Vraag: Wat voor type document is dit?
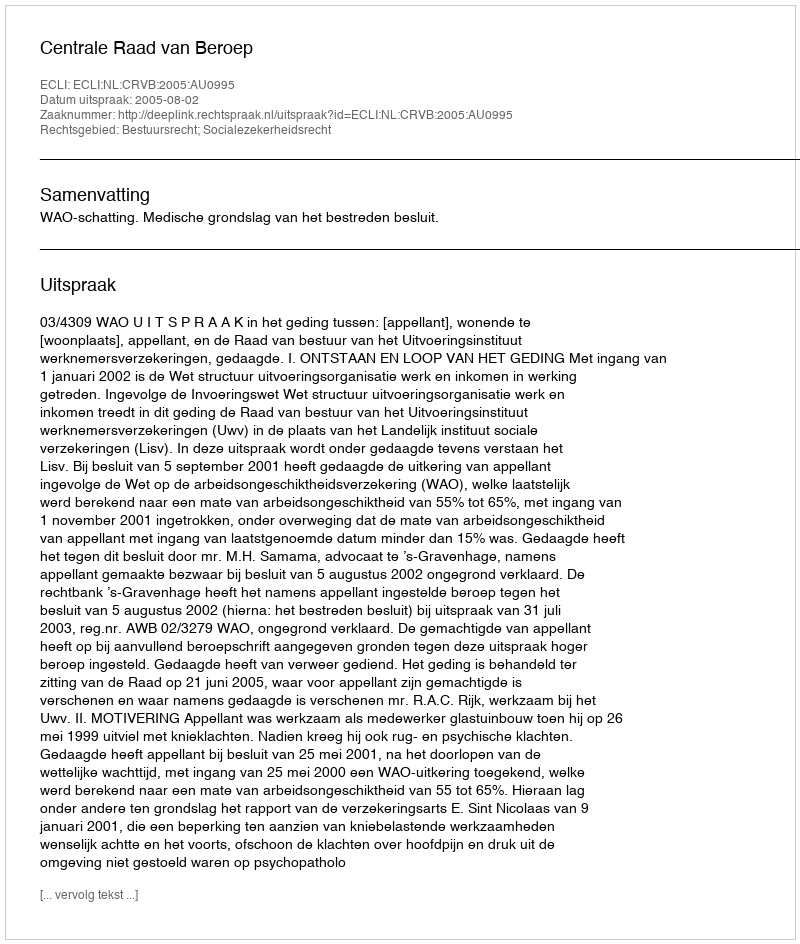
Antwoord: Uitspraak